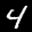
Label: 4